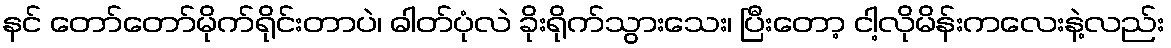
နင် တော်တော်မိုက်ရိုင်းတာပဲ၊ ဓါတ်ပုံလဲ ခိုးရိုက်သွားသေး၊ ပြီးတော့ ငါ့လိုမိန်းကလေးနဲ့လည်း